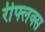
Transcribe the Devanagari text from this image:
रीफ्लक्स